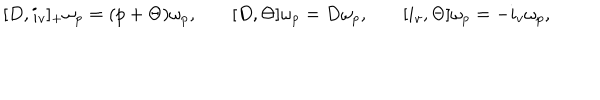
\begin{matrix} { { [ D , i _ { v } ] _ { + } \omega _ { p } = ( p + \Theta ) \omega _ { p } , } } & { { \quad [ D , \Theta ] \omega _ { p } = D \omega _ { p } , } } & { { \quad [ i _ { v } , \Theta ] \omega _ { p } = - i _ { v } \omega _ { p } , } } \\ \end{matrix}